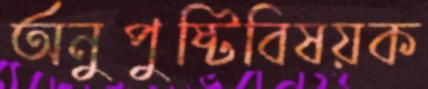
অনুপুষ্টিবিষয়ক